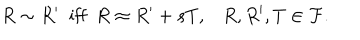
R \sim R ^ { \prime } \; \mathrm { ~ i f f ~ } \; R \approx R ^ { \prime } + s T , R , R ^ { \prime } , T \in { \cal F } .